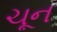
ચૂન